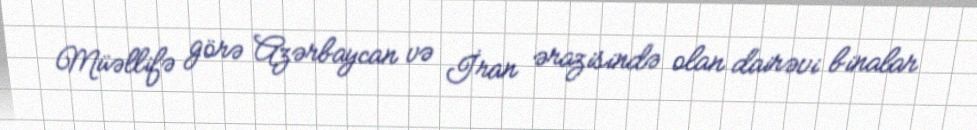
Müəllifə görə Azərbaycan və İran ərazisində olan dairəvi binalar